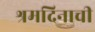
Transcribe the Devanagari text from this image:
श्रमदिनाची